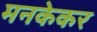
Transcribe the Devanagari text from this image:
मनकेकर